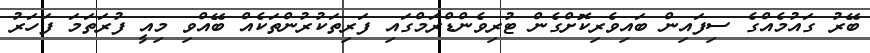
ބޭރު ގައުމެއްގެ ސިފައިން ބައިވެރިކޮށްގެން ޓުރިވެންޑްރަމްގައި ފަރިތަކުރުންތަކެއް ބޭއްވި މިއީ ފުރަތަމަ ފަހަރު